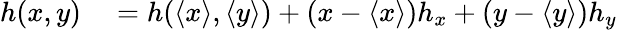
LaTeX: \begin{array}{rl}{h(x,y)}&{{}=h(\langle x\rangle,\langle y\rangle)+(x-\langle x\rangle)h_{x}+(y-\langle y\rangle)h_{y}}\end{array}